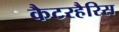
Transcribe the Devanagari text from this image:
कैटरहैरिस